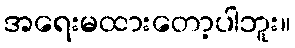
အရေးမထားတော့ပါဘူး။